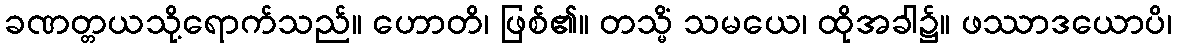
ခဏတ္တယသို့ရောက်သည်။ ဟောတိ၊ ဖြစ်၏။ တသ္မိံ သမယေ၊ ထိုအခါ၌။ ဖဿာဒယောပိ၊